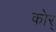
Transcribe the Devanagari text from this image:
कोर्